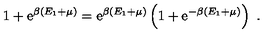
1 + \mathrm { e } ^ { \beta ( E _ { 1 } + \mu ) } = \mathrm { e } ^ { \beta ( E _ { 1 } + \mu ) } \left( 1 + \mathrm { e } ^ { - \beta ( E _ { 1 } + \mu ) } \right) \ .